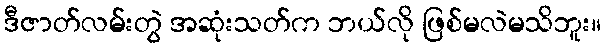
ဒီဇာတ်လမ်းတွဲ အဆုံးသတ်က ဘယ်လို ဖြစ်မလဲမသိဘူး။